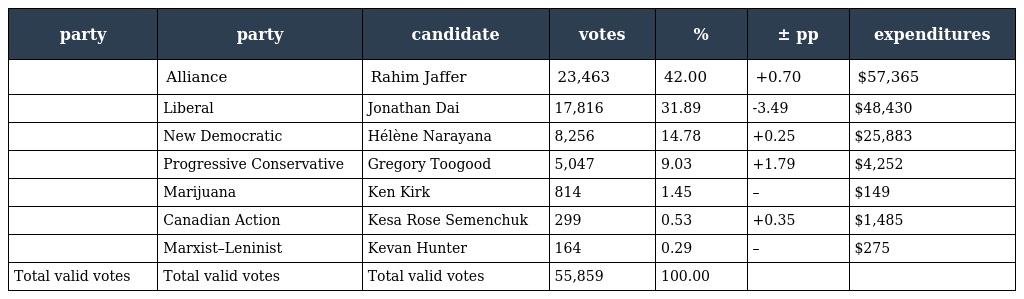
| party | party | candidate | votes | % | ± pp | expenditures |
 | --- | --- | --- | --- | --- | --- | --- |
 |  | Alliance | Rahim Jaffer | 23,463 | 42.00 | +0.70 | $57,365 |
 |  | Liberal | Jonathan Dai | 17,816 | 31.89 | -3.49 | $48,430 |
 |  | New Democratic | Hélène Narayana | 8,256 | 14.78 | +0.25 | $25,883 |
 |  | Progressive Conservative | Gregory Toogood | 5,047 | 9.03 | +1.79 | $4,252 |
 |  | Marijuana | Ken Kirk | 814 | 1.45 | – | $149 |
 |  | Canadian Action | Kesa Rose Semenchuk | 299 | 0.53 | +0.35 | $1,485 |
 |  | Marxist–Leninist | Kevan Hunter | 164 | 0.29 | – | $275 |
 | Total valid votes | Total valid votes | Total valid votes | 55,859 | 100.00 |  |  |